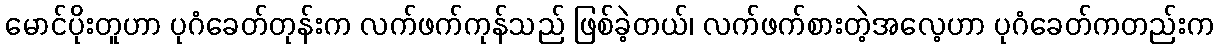
မောင်ပိုးတူဟာ ပုဂံခေတ်တုန်းက လက်ဖက်ကုန်သည် ဖြစ်ခဲ့တယ်၊ လက်ဖက်စားတဲ့အလေ့ဟာ ပုဂံခေတ်ကတည်းက